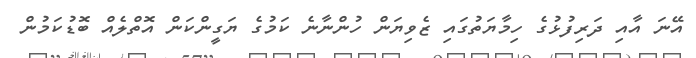
އޭނަ އާއި ދަރިފުޅުގެ ހިމާޔަތުގައި ޒެވިޔަން ހުންނާނެ ކަމުގެ ޔަގީންކަން އޮތްލެއް ބޮޑުކަމުން